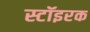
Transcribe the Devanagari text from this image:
स्टॉइरक